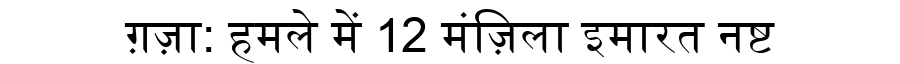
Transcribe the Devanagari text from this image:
ग़ज़ा: हमले में 12 मंज़िला इमारत नष्ट